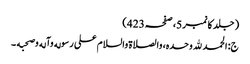
( جلد کا نمبر 5، صفحہ 423)
ج: الحمد لله وحده، والصلاة والسلام علی رسوله وآله وصحبه ۔